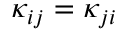
\kappa _ { i j } = \kappa _ { j i }